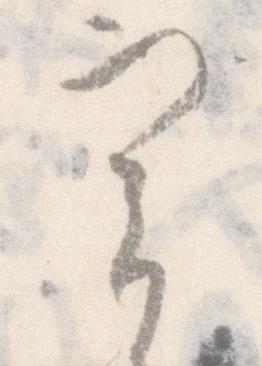
実